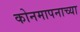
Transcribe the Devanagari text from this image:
कोनमापनाच्या